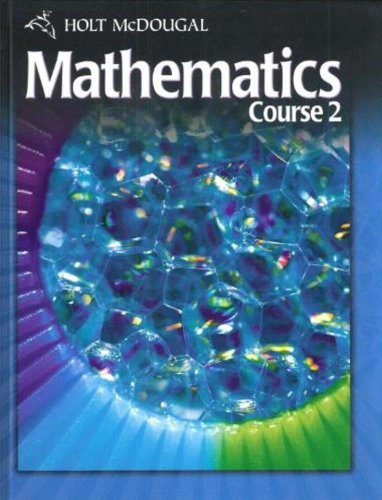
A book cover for Holt McDougal Mathematics Course 2: Student Edition; HOLT MCDOUGAL; Teen & Young Adult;